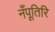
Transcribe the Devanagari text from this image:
नँपूतिरि